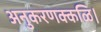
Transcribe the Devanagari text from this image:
अनुकरणक्कळि।